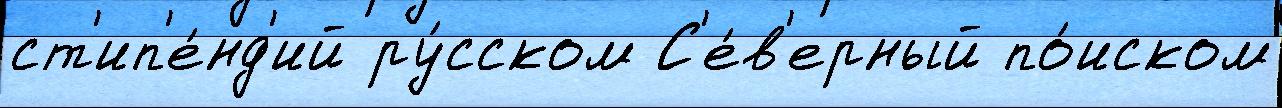
ст'ип'е́нд'ий ру́сском С'е́в'ерный по́иском